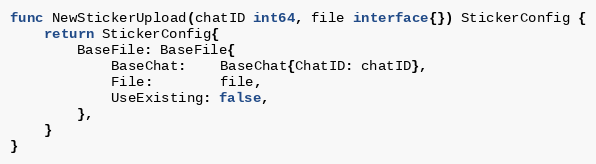
Language: Go
func NewStickerUpload(chatID int64, file interface{}) StickerConfig {
	return StickerConfig{
		BaseFile: BaseFile{
			BaseChat:    BaseChat{ChatID: chatID},
			File:        file,
			UseExisting: false,
		},
	}
}